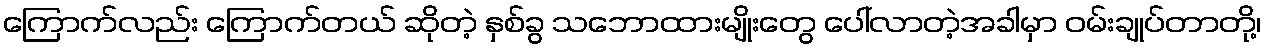
ကြောက်လည်း ကြောက်တယ် ဆိုတဲ့ နှစ်ခွ သဘောထားမျိုးတွေ ပေါ်လာတဲ့အခါမှာ ဝမ်းချုပ်တာတို့၊